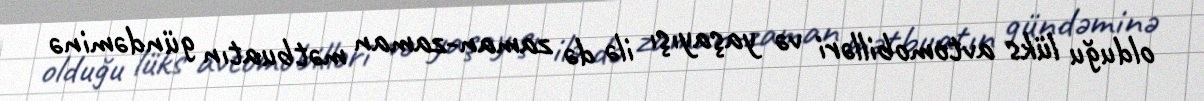
olduğu lüks avtomobilləri və yaşayışı ilə də zaman-zaman mətbuatın gündəminə